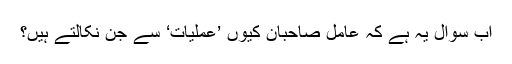
اب سوال یہ ہے کہ عامل صاحبان کیوں ’عملیات‘ سے جن نکالتے ہیں؟